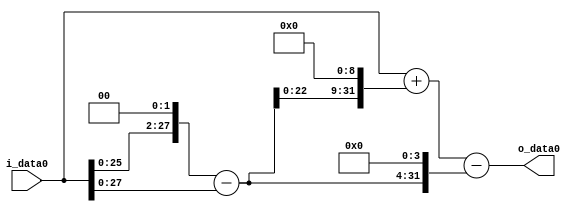
module multiplier_block_26 (
    i_data0,
    o_data0
);
  input   [31:0] i_data0;
  output  [31:0]
    o_data0;
  wire [31:0]
    w1,
    w4,
    w3,
    w1536,
    w1537,
    w48,
    w1489;
  assign w1 = i_data0;
  assign w1489 = w1537 - w48;
  assign w1536 = w3 << 9;
  assign w1537 = w1 + w1536;
  assign w3 = w4 - w1;
  assign w4 = w1 << 2;
  assign w48 = w3 << 4;
  assign o_data0 = w1489;
endmodule